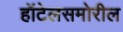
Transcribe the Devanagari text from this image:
हॉटेलसमोरील